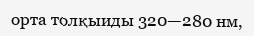
орта толқыиды 320—280 нм,